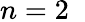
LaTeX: n=2\; \;